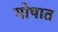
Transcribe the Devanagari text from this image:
गोषात